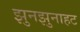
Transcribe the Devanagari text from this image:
झुनझुनाहट